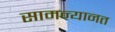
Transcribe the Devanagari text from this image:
सामन्यानत